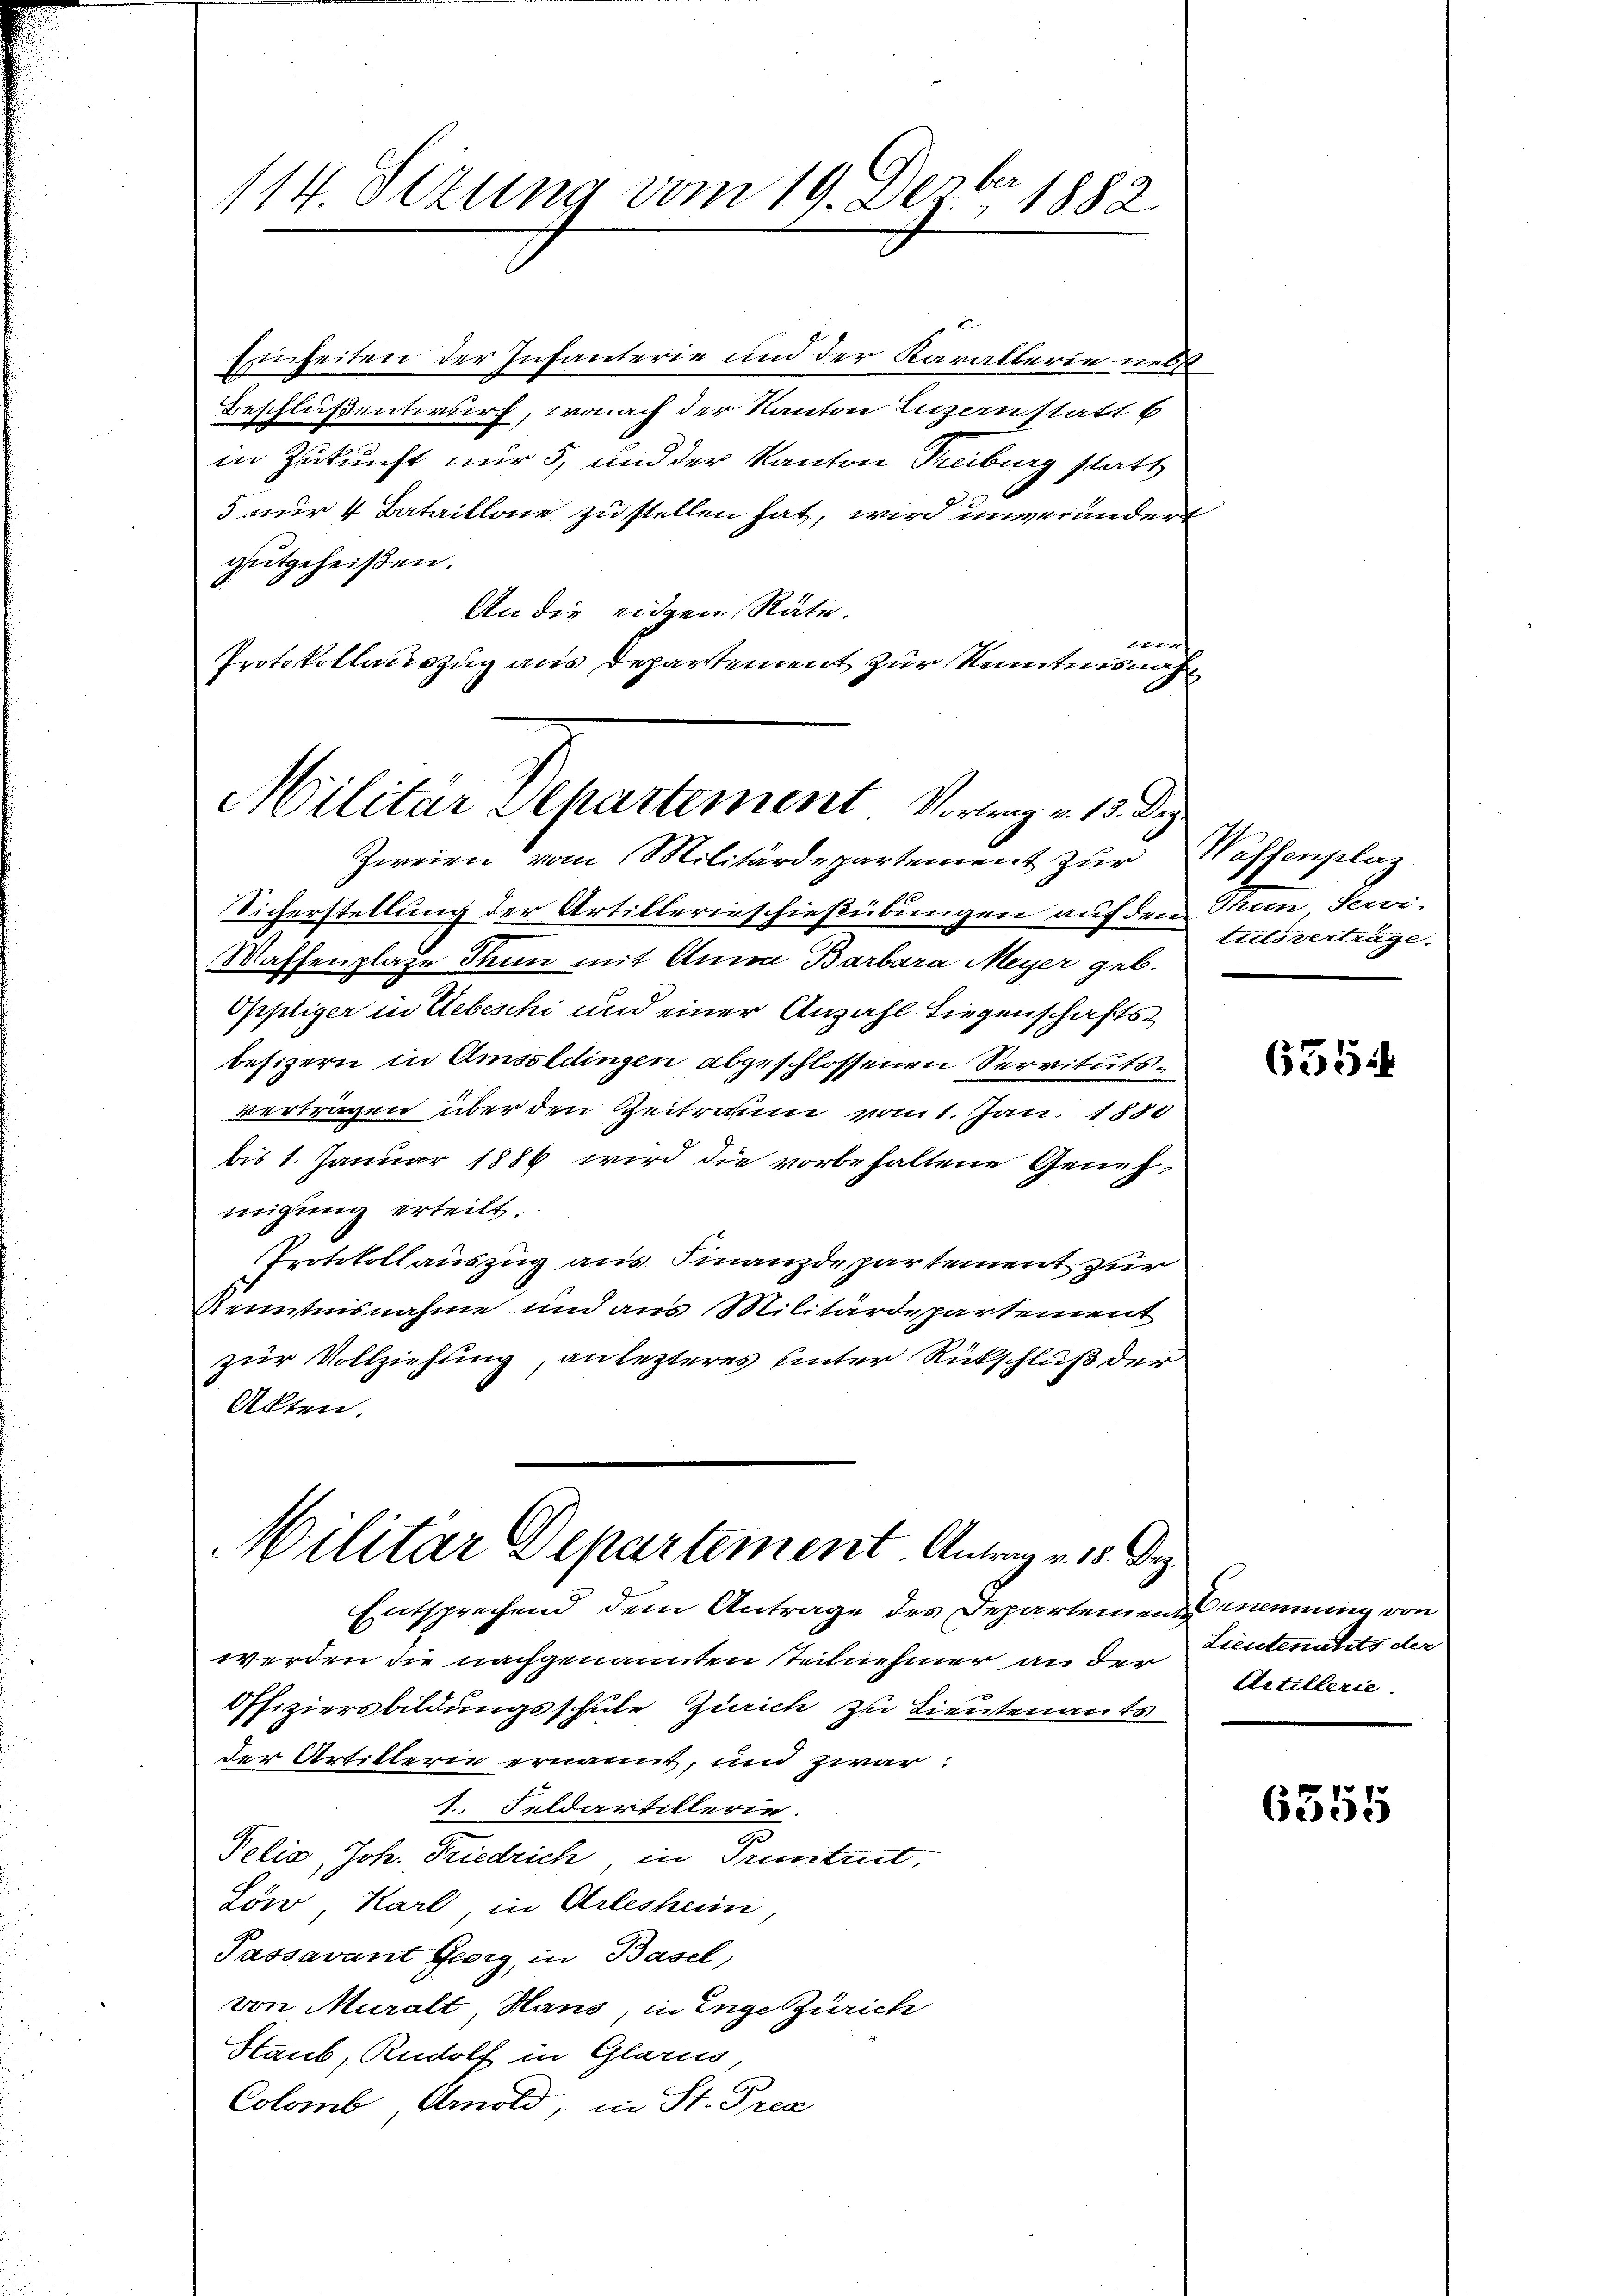
114. Sezung vom 19. Dezbr 1882.

Einheiten der Infanterie und der Karallerie nebst
Beschlußentwurf, wonach der Kanton Inzanstatt b
in Zukunft nur 5, und der Kanton Treiburg statt
5 nur 4 Bataillone zu stellen hat, wird unverändert
gutgeheißen.
An die eidgen Räte.
4
Protokollauszug aus Departement zur Kenntnisnah

Militar Departement. Vortrag v. 13. Dez.

Zweien vom Militärdepartement zur
Sicherstellung der Artillerieschießübungen auf den Thee, Servi-
Maffenplate dann mit Anna Barbara Meyer geb.
Gpliger in Uebeschi und einer Anzahl Liegenschaftsbesizern in Umsoldingen abgeschlossenen Servitutsvertragen über den Zeitraum vom 1. Jan. 1880
bis 1. Januar 1886 wird die vorbehaltene Genehmigung erteilt.
Protokollauszug aus Finanzdepartement zur
Kenntnisnahme und aus Militärdepartement
zur Vollziehung, an lezteres unter Rückschluß der
Akten.
Militär Departement Antrag v. 18. Dez.
Entsprechend dem Antrage des Departement nennung von
werden die nachgenannten Teilnehmer an der
Offiziersbildungsschule Zürich zu Lieutenants
der Artillerin ernannt, und zwar:
1. Feldartillerin.
u
Pelis, Joh. Friedrich, in Truntrut,
Löw, Karl, in Arleshein,
Passavant Georg, in Basel,
von Muralt, Haus in Enge Zürich
Staub, Rudolf in Glarus
Colomb, Arnold, in St. Prec

Waffenplaz
teils verträge.

635

Lieutenants der
Artillerie

6555